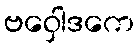
ဗဝှေါဒကေ